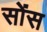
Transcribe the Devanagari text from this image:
सोंस